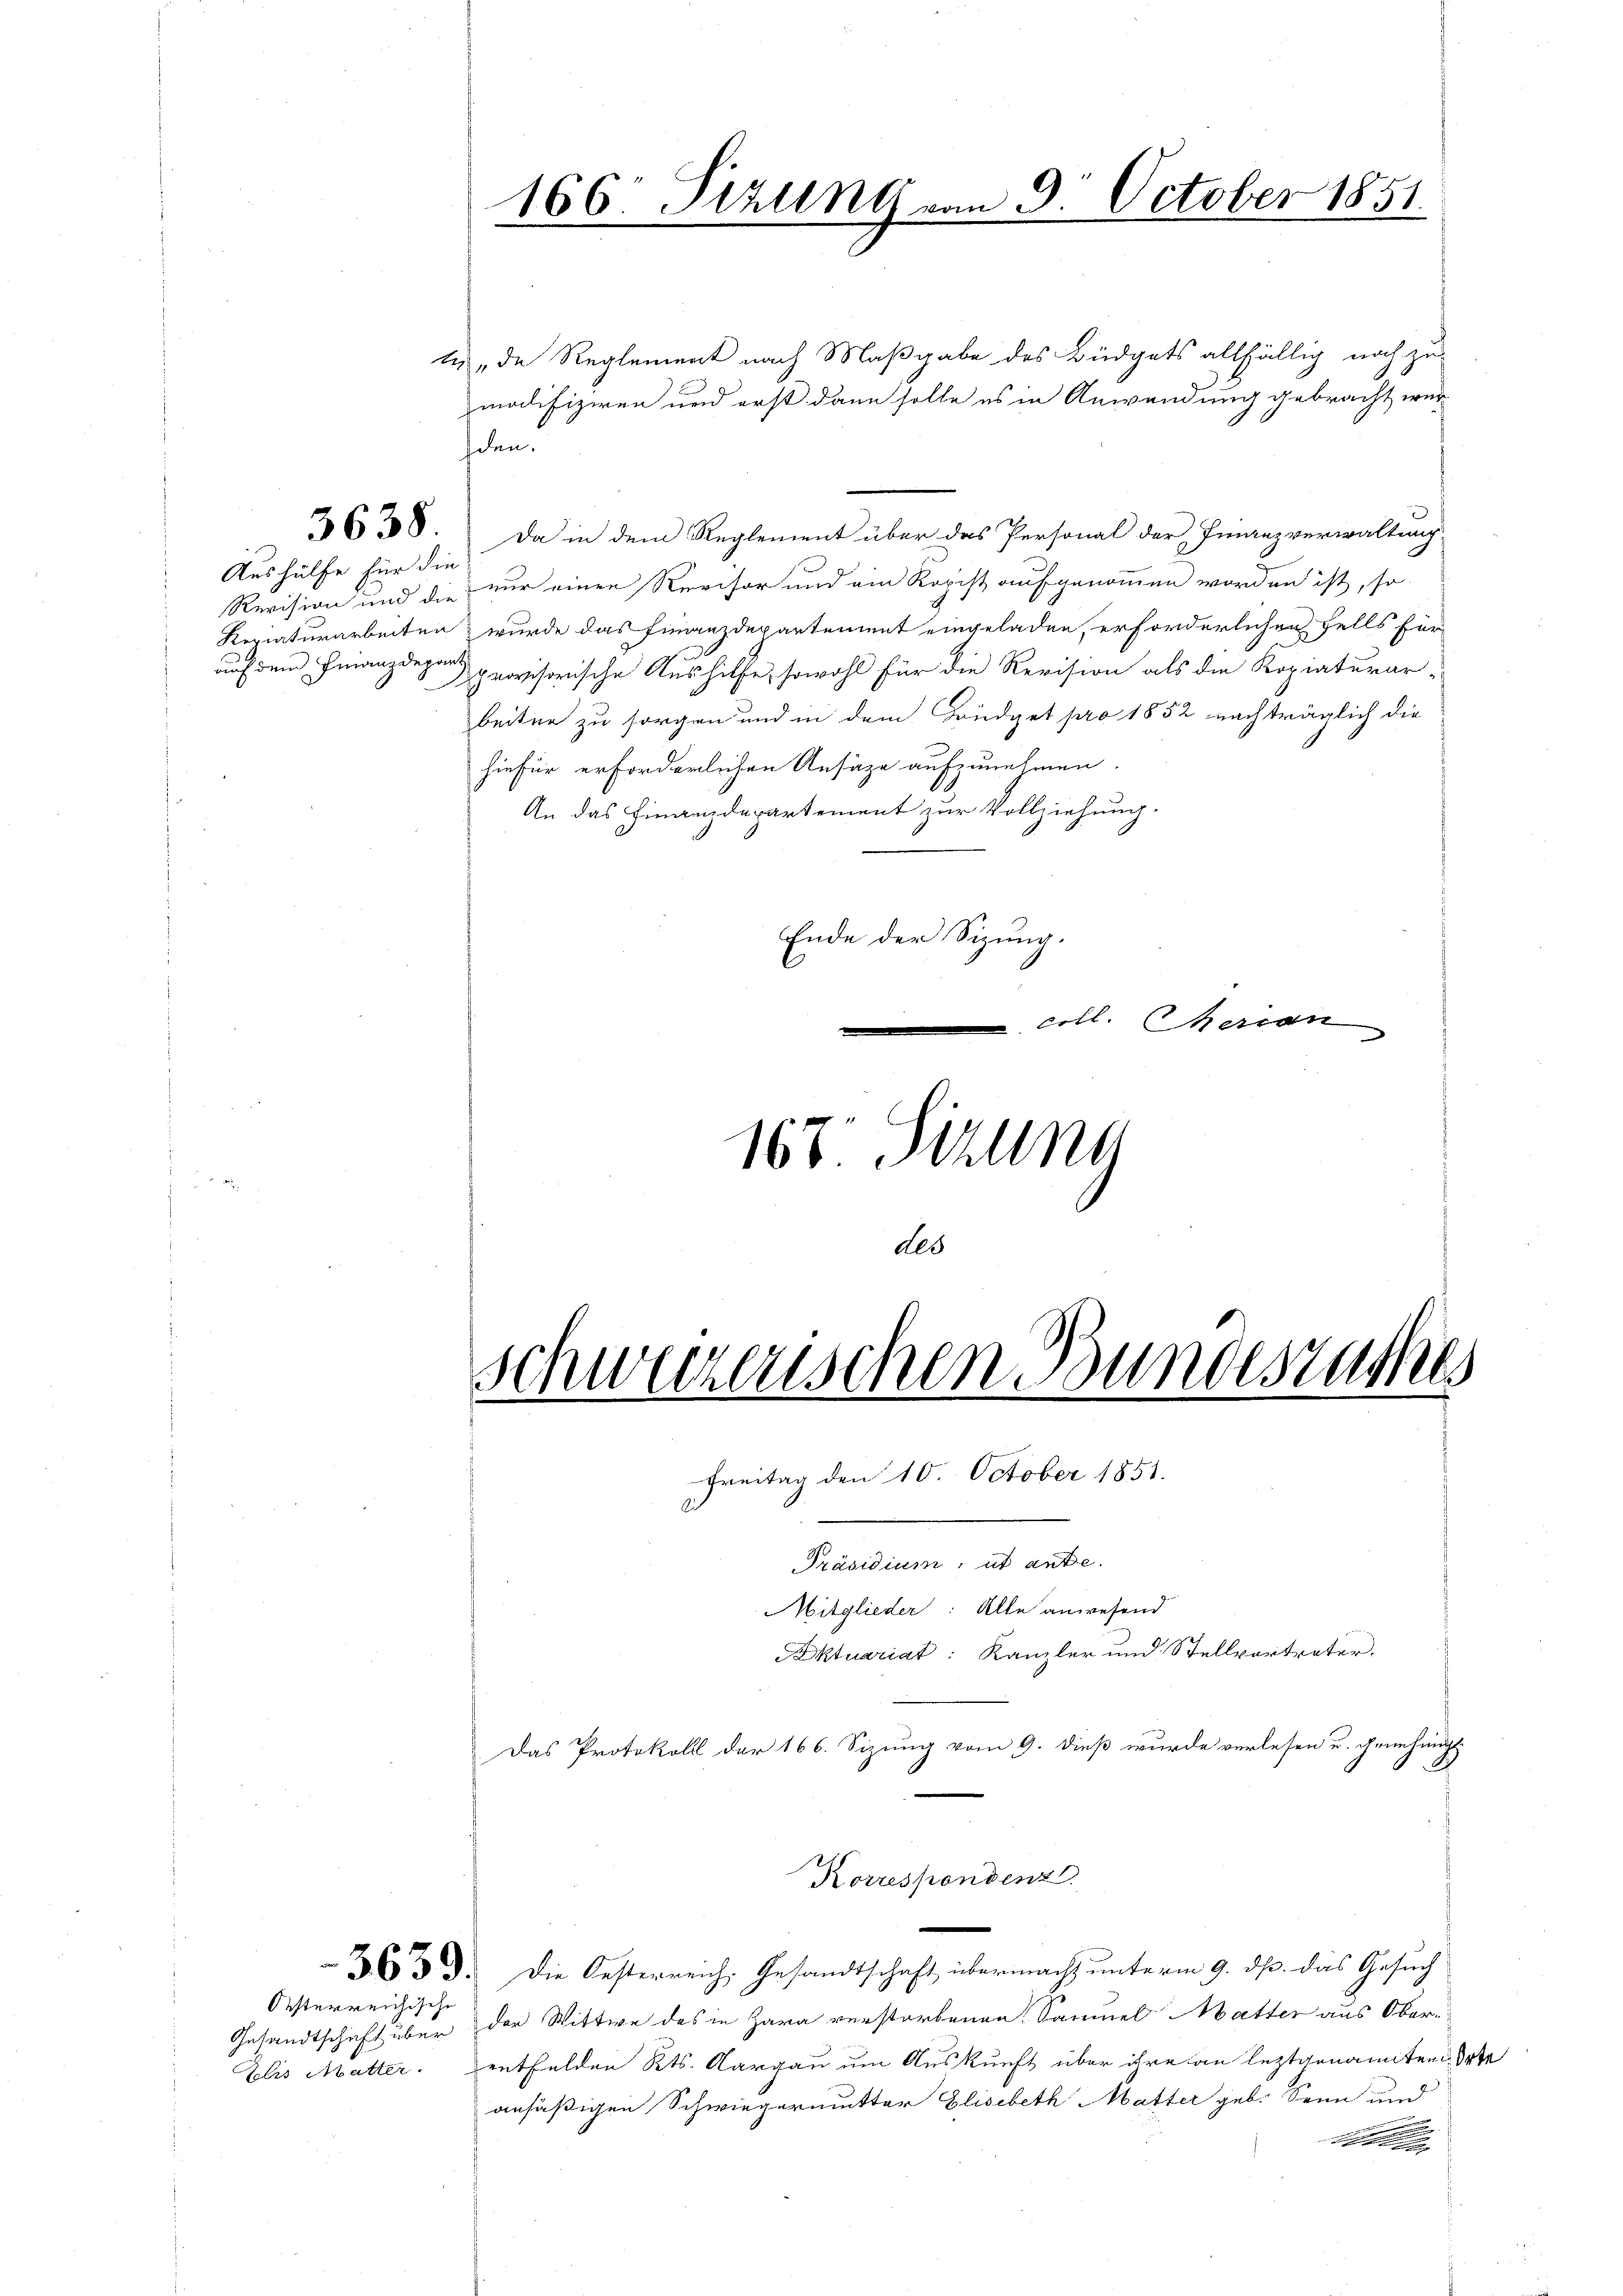
Aushülfe für die
auch dem Finanzdepart

Oesterreichische

schen.

166. Sitzung vom 9. October 1851.

schweizerischen Bundesrathes
Freitag den 10. October 1851.
Präsidium, ut anbe¬
Mitglieder: Alle anwesend
Aktuariat: Kanzler und Stellvertreter.

ti, de Reglement nach Maßgabe des Büdgets allfällig noch zu
modifiziren und erst dann solle es in Anwendung gebracht wer-
3638. Da in dem Reglement über das Personal der Finanzverwaltung
Revision und die nur einen Revisor und ein Ropist aufgenommen worden ist, so
Repiaturarbeiten wurde das Finanzdepartement eingeladen, erforderlichen Falls für
provisorische Aushilfe, sowohl für die Revision als die Kopiaturar-
beiten zu sorgen und in dem Büdget pro 1852 nachträglich die
hiefür erforderlichen Ansätze aufzunehmen.
An das Finanzdepartement zur Vollziehung.
Ende der Sizung.
coll. Herien
167. Jezung
des

Korrespondenz.

Das Protokoll der 166. Sizung vom 9. dieß wurde verlesen u. genehmig
3333. Die Oesterreich, Gesandtschaft übermacht unterm 9. ds. das Gesuch
Gesandtschicht über der Wittwe des in Zara verstorbenen Samuel Matter aus Ober-
Elis Mutter. entfelden Kts. Aargau um Auskunft über ihre an leztgenannten Orte
ansäßigen Schwiegermutter Elisabeth Matter geb. Senn und
e